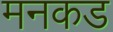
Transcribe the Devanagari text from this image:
मनकड